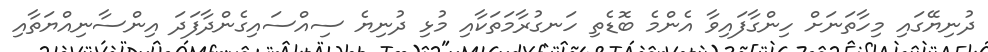
ދުނިޔޭގައި މިހާތަނަށް ހިންގާފައިވާ އެންމެ ބޮޑެތި ހަނގުރާމަތަކާއި މުޅި ދުނިޔެ ސިއްސައިގެންދާފަދަ އިންސާނިއްޔަތާއި